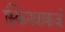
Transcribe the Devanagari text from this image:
स्किनवाकर्ज़